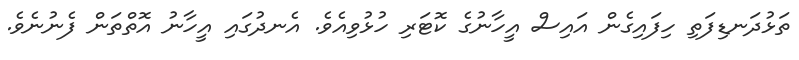
ތަޅުދަނޑިފަތި ހިފައިގެން އައިސް އީހާނުގެ ކޮޓަރި ހުޅުވިއެވެ. އެނދުގައި އީހާނު އޮތްތަން ފެނުނެވެ.